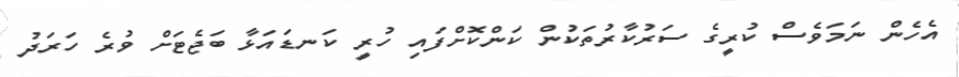
އެހެން ނަމަވެސް ކުރީގެ ސަރުކާރުތަކުން ކަންކޮށްފައި ހުރީ ކަނޑައަޅާ ބަޖެޓަށް ވުރެ ހަރަދު